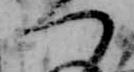
つ